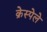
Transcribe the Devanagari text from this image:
क्रेस्पेले